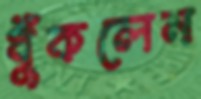
ধুঁকলেন